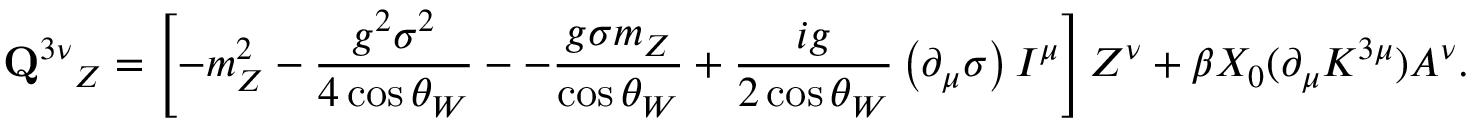
{ { \bf Q } ^ { 3 \nu } } _ { Z } = \left[ - m _ { Z } ^ { 2 } - \frac { g ^ { 2 } \sigma ^ { 2 } } { 4 \cos \theta _ { W } } -- \frac { g \sigma m _ { Z } } { \cos \theta _ { W } } + \frac { i g } { 2 \cos \theta _ { W } } \left( \partial _ { \mu } \sigma \right) I ^ { \mu } \right] Z ^ { \nu } + \beta X _ { 0 } ( \partial _ { \mu } K ^ { 3 \mu } ) A ^ { \nu } .